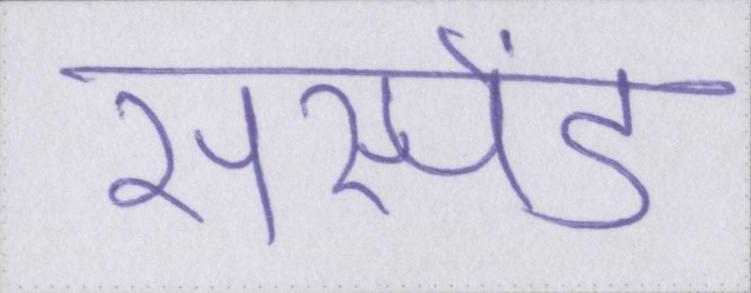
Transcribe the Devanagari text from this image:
सस्पेंड